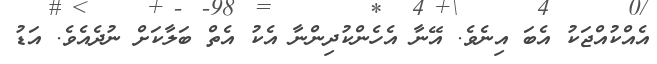
އެއްކުއްޖަކު އެބަ އިނެވެ. އޭނާ އެހެންކުދިންނާ އެކު އެތް ބަލާކަށް ނުދެއެވެ. އަޑު